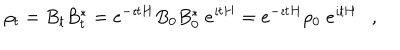
\rho _ { t } = B _ { t } B _ { t } ^ { * } = e ^ { - \imath t H } B _ { 0 } B _ { 0 } ^ { * } \; e ^ { \imath t H } = e ^ { - \imath t H } \rho _ { 0 } \; e ^ { \imath t H } ,